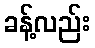
ခန့်လည်း